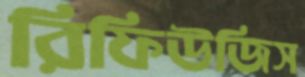
রিফিউজিস